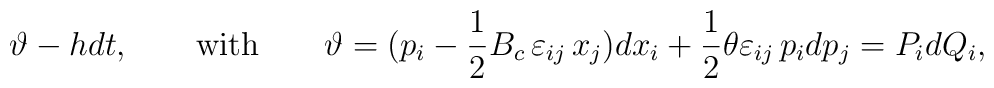
\vartheta-hdt,\qquad\hbox{with}\qquad\vartheta=(p_{i}-\frac{1}{2}{B_{c}}\,\varepsilon_{ij}\,x_{j})dx_{i}+\frac{1}{2}\theta\varepsilon_{ij}\,p_{i}dp_{j}=P_{i}dQ_{i},